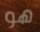
هو